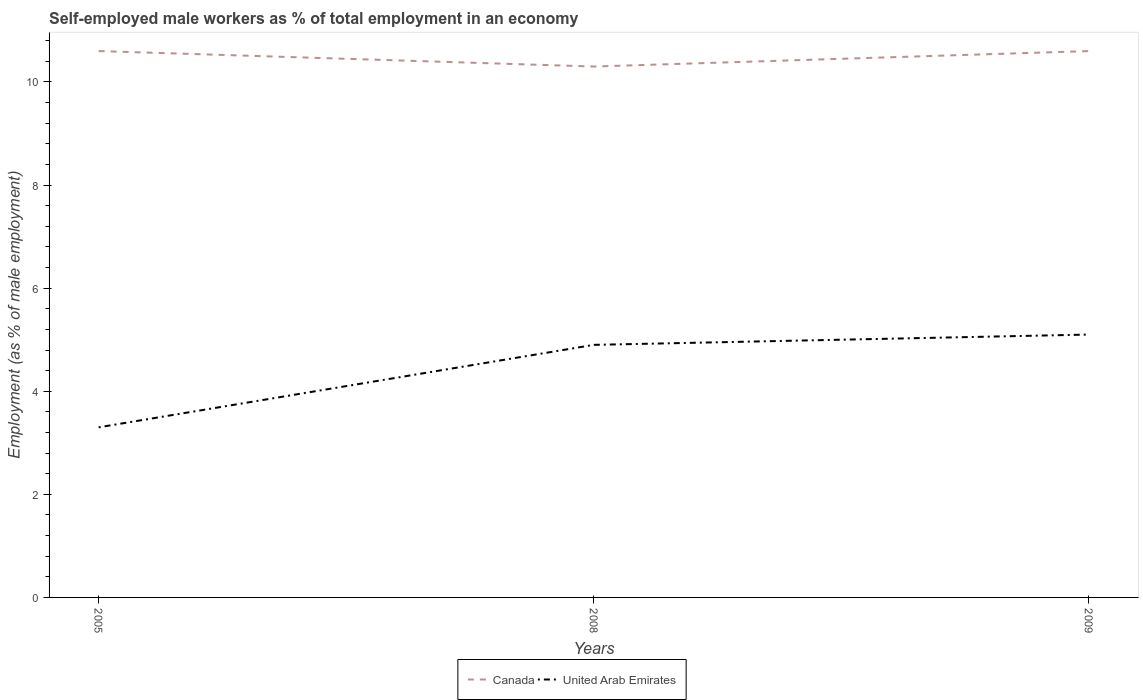
| Years | Canada | United Arab Emirates |
 | --- | --- | --- |
 | 2005 | 10.6 | 3.3 |
 | 2008 | 10.3 | 4.9 |
 | 2009 | 10.6 | 5.1 |